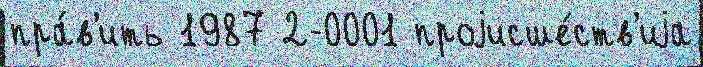
пра́в'ить 1987 2-0001 проjисше́ств'иjа